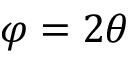
\varphi = 2 \theta